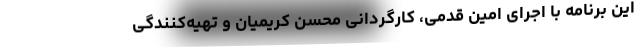
این برنامه با اجرای امین قدمی، کارگردانی محسن کریمیان و تهیه‌کنندگی